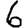
Digit: 6